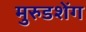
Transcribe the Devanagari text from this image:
मुरुडशेंग